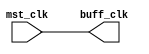
module clock_buffer(mst_clk,buff_clk);
input mst_clk;
output buff_clk;
buf B1( buff_clk,mst_clk);
endmodule